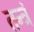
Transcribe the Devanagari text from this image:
तन्त्रं